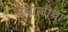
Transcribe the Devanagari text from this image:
उमाजीचा